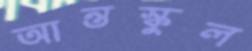
আন্তস্কুল